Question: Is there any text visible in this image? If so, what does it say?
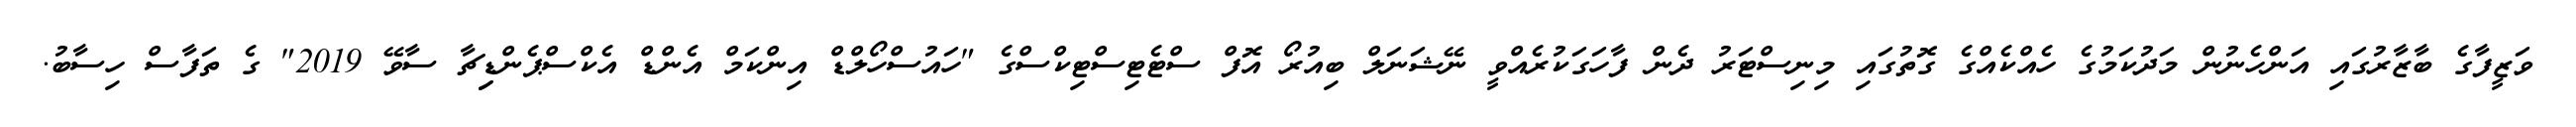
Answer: ވަޒީފާގެ ބާޒާރުގައި އަންހެނުން މަދުކަމުގެ ހެއްކެއްގެ ގޮތުގައި މިނިސްޓަރު ދެން ފާހަގަކުރެއްވީ ނޭޝަނަލް ބިއުރޯ އޮފް ސްޓެޓިސްޓިކްސްގެ "ހައުސްހޯލްޑް އިންކަމް އެންޑް އެކްސްޕެންޑިިޗާ ސާވޭ 2019" ގެ ތަފާސް ހިސާބު.